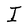
Character: I